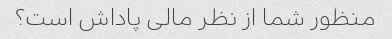
منظور شما از نظر مالی پاداش است؟